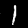
Label: 1